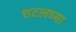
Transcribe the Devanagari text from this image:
शटलच्या